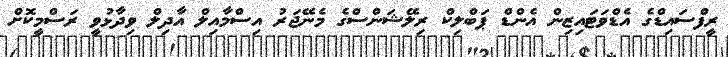
ރީފްސައިޑްގެ އެޑްވަޓައިޒިން އެންޑް ޕަބްލިކް ރިލޭޝަންސްގެ މެނޭޖަރު އިސްމާއިލް އާދިލް ވިދާޅުވީ ރަސްމީކޮށް